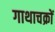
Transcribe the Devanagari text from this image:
गाथाचक्रों